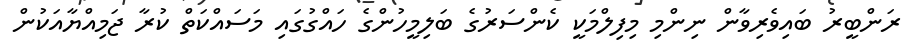
ރަންބީރު ބައިވެރިވާން ނިންމި މިފިލްމަކީ ކެންސަރުގެ ބަލިމީހުންގެ ހައްގުގައި މަސައްކަތް ކުރާ ޖަމިއްޔާއަކުން